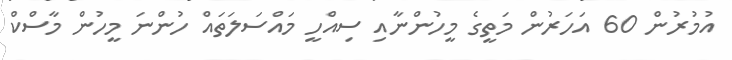
އުމުރުން 60 އަހަރުން މަތީގެ މީހުންނާއި ސިއްހީ މައްސަލަތައް ހުންނަ މީހުން މާސްކް